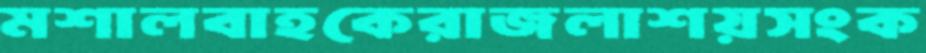
মশালবাহকেরাজলাশয়সংক